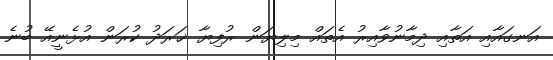
އަނގައާއި އަތާއި ދިމާނުވާއިރު އެތައް މިލިޔަން ރުފިޔާ ޚަރަދު ކުރަން އުޅެނީއޭ ބުނެ